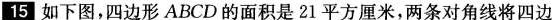
15如下图，四边形ABCD的面积是21平方厘米，两条对角线将四边